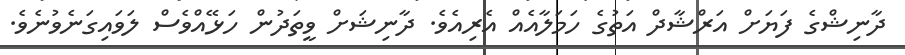
ދާނިޝްގެ ފަޔަށް އަރްޝާދް އަތުގެ ހަމަލާއެއް އެރިއެވެ. ދާނިޝަށް ވީތަދުން ހަޅޭއްވެސް ލަވައިގަނެވުނެވެ.